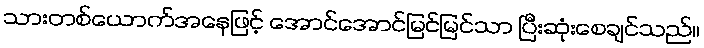
သားတစ်ယောက်အနေဖြင့် အောင်အောင်မြင်မြင်သာ ပြီးဆုံးစေချင်သည်။